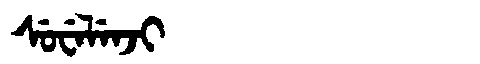
Manchu: ᠰᡠᠸᡝᠯᡝᠨᠵᡳ
Romanization: SUWELENJI